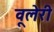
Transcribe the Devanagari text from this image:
वूलेरी